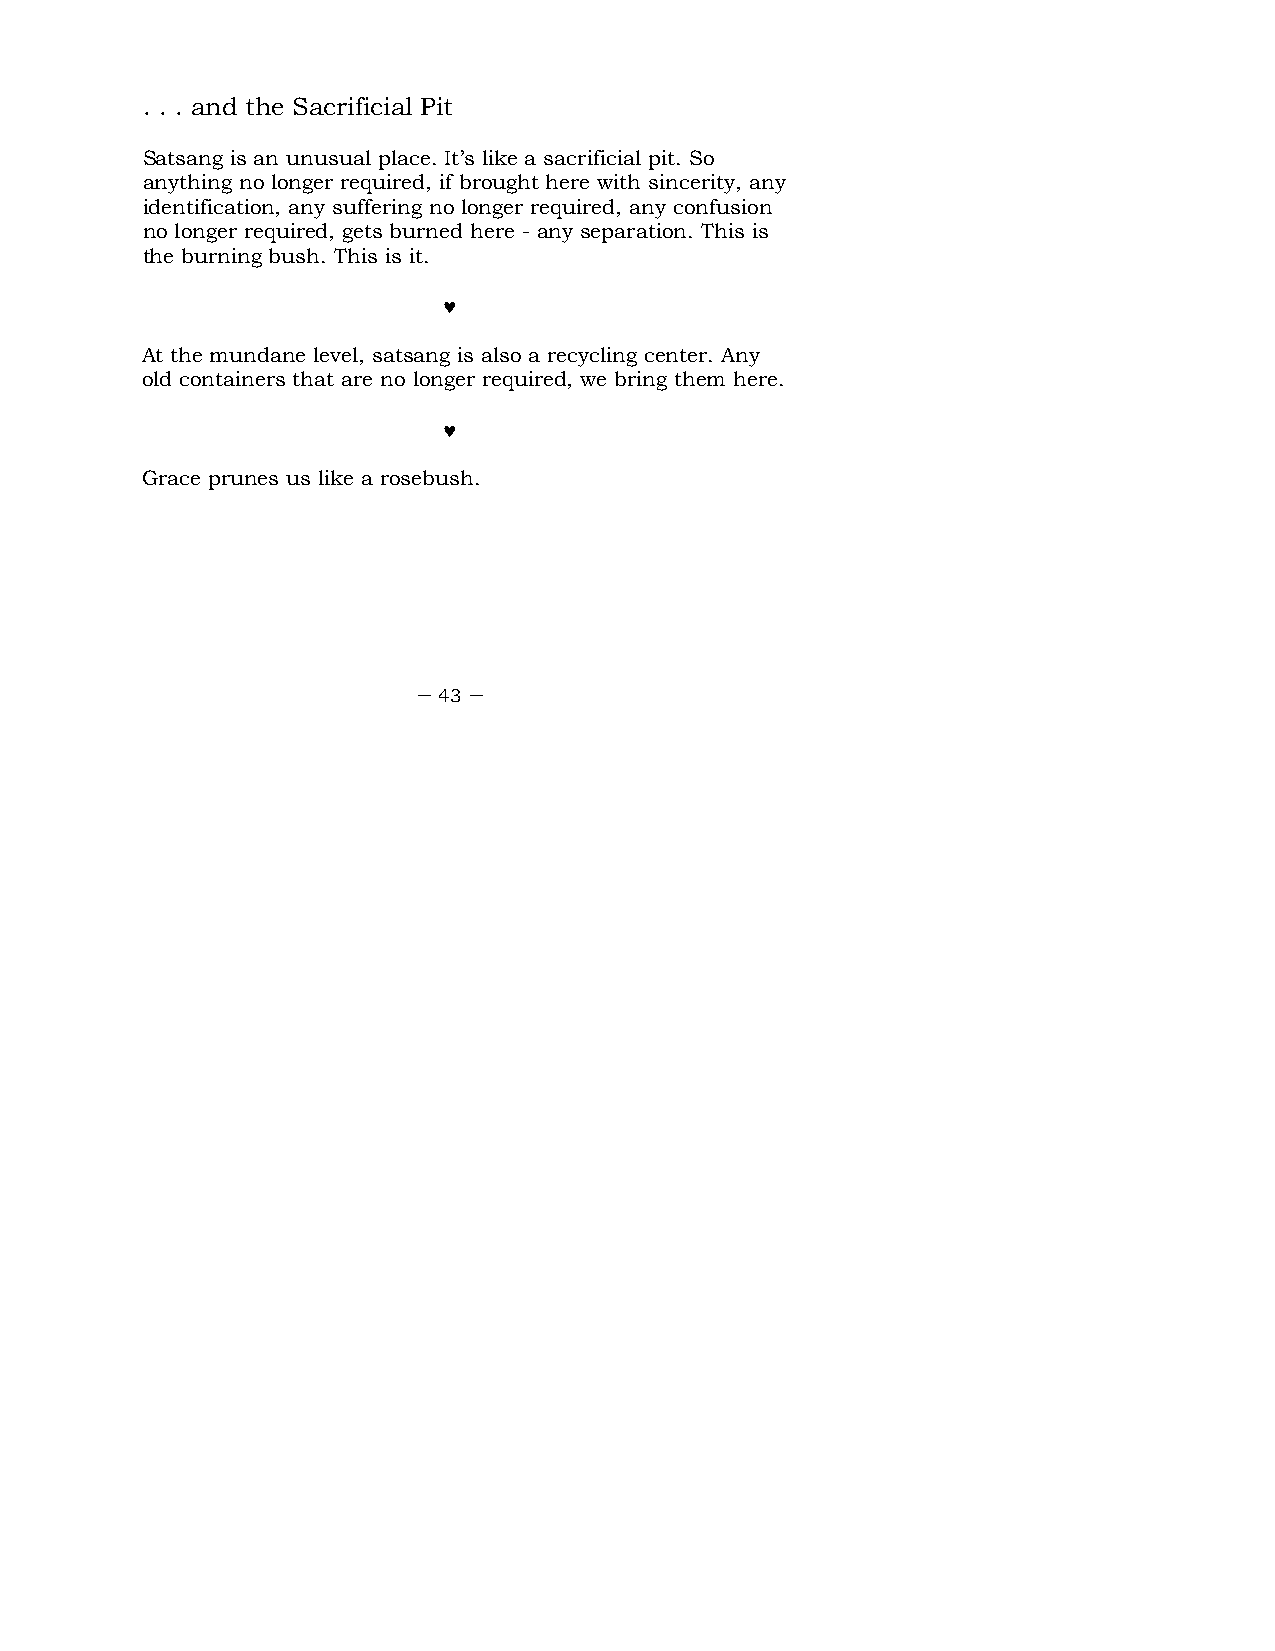
. . . and the Sacrificial Pit
 Satsang is an unusual place. It’s like a sacrificial pit. So
 anything no longer required, if brought here with sincerity, any
 identification, any suffering no longer required, any confusion
 no longer required, gets burned here - any separation. This is
 the burning bush. This is it.
 ♥
 At the mundane level, satsang is also a recycling center. Any
 old containers that are no longer required, we bring them here.
 ♥
 Grace prunes us like a rosebush.
 – 43 –